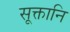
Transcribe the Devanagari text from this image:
सूक्तानि